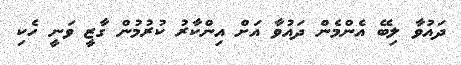
ދައުވާ ލިބޭ އެންމެން ދައުވާ އަށް އިންކާރު ކުރުމުން ގާޒީ ވަނީ ހެކި